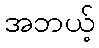
အဘယ့်